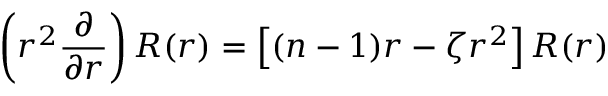
\left( r ^ { 2 } { \frac { \partial } { \partial r } } \right) R ( r ) = \left[ ( n - 1 ) r - \zeta r ^ { 2 } \right] R ( r )